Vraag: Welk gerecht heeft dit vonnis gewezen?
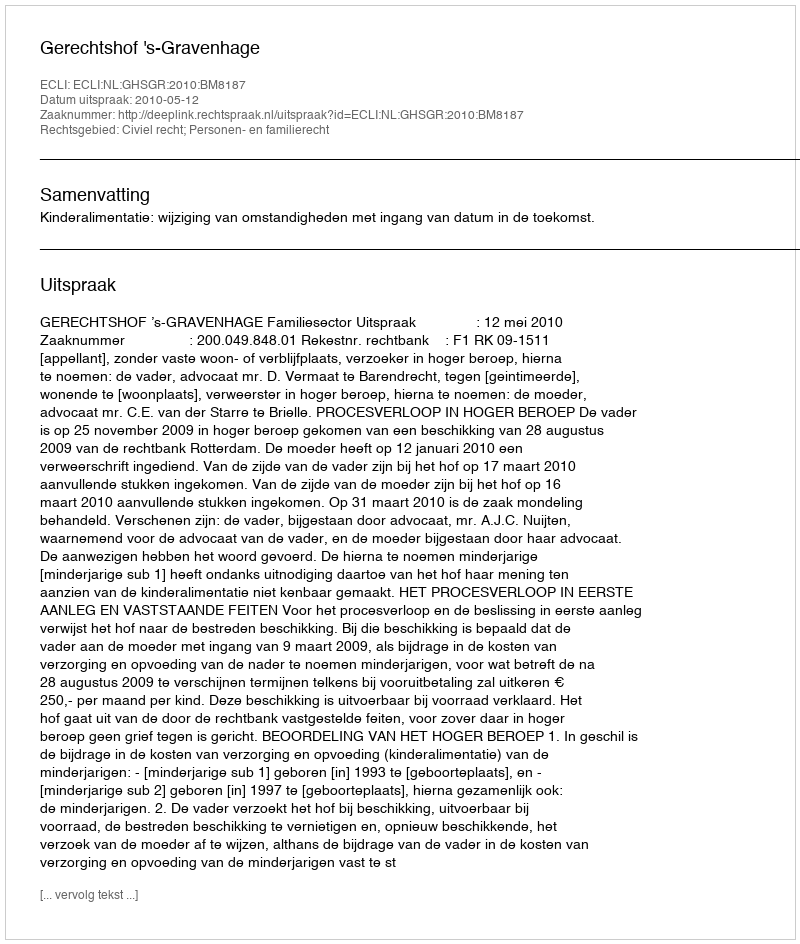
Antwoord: Gerechtshof 's-Gravenhage